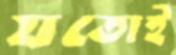
যতোই